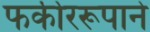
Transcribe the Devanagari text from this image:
फकीररूपाने